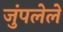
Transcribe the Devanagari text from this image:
जुंपलेले